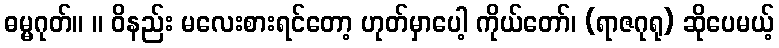
ဓမ္မဂုတ်။ ။ ဝိနည်း မလေးစားရင်တော့ ဟုတ်မှာပေါ့ ကိုယ်တော်၊ (ရာဇဂုရု) ဆိုပေမယ့်